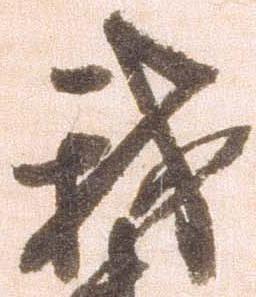
我